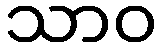
သာဝ